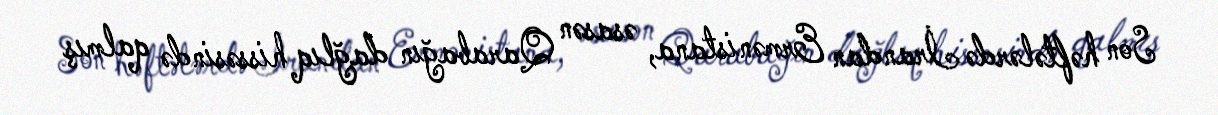
Son həftələrdə İrandan Ermənistana, əsasən Qarabağın dağlıq hissəsində qalmış